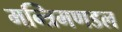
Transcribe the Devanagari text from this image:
मन्त्रिमणडल